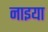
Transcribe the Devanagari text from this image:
नाइया